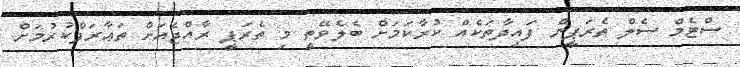
ސްޓެމް ސެލް ތެރަޕީން ފައިދާތަކެއް ކުރާކަމަށް ބެލެވޭތީ މި ތެރަޕީ ރާއްޖެއަށް ތަޢާރަފްކުރުމަށް